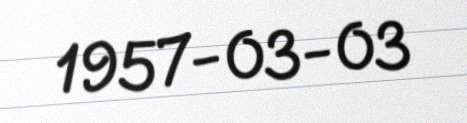
1957-03-03